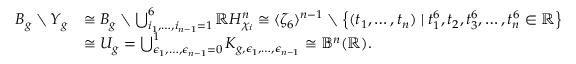
\begin{array} { r l } { B _ { g } \setminus Y _ { g } } & { \cong B _ { g } \setminus \bigcup _ { i _ { 1 } , \dotsc , i _ { n - 1 } = 1 } ^ { 6 } \mathbb { R } H _ { \chi _ { i } } ^ { n } \cong \langle \zeta _ { 6 } \rangle ^ { n - 1 } \setminus \left\{ ( t _ { 1 } , \dotsc , t _ { n } ) \mid t _ { 1 } ^ { 6 } , t _ { 2 } , t _ { 3 } ^ { 6 } , \dotsc , t _ { n } ^ { 6 } \in \mathbb { R } \right\} } \\ & { \cong U _ { g } = \bigcup _ { \epsilon _ { 1 } , \dotsc , \epsilon _ { n - 1 } = 0 } ^ { 1 } K _ { g , \epsilon _ { 1 } , \dotsc , \epsilon _ { n - 1 } } \cong \mathbb { B } ^ { n } ( \mathbb { R } ) . } \end{array}